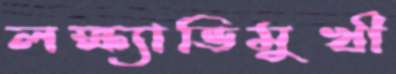
লক্ষ্যাভিমুখী